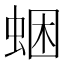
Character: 𧋕